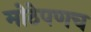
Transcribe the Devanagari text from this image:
मोठेपणच